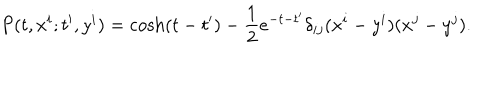
P ( t , x ^ { i } ; t ^ { \prime } , y ^ { i } ) = \cosh ( t - t ^ { \prime } ) - { \frac { 1 } { 2 } } e ^ { - t - t ^ { \prime } } \delta _ { i j } ( x ^ { i } - y ^ { i } ) ( x ^ { j } - y ^ { j } ) .